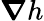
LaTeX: \boldsymbol{\nabla}h